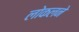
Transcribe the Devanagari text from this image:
लोकलने